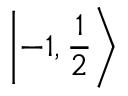
\left| - 1 , { \frac { 1 } { 2 } } \right\rangle